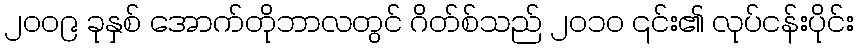
၂၀၀၉ ခုနှစ် အောက်တိုဘာလတွင် ဂိတ်စ်သည် ၂၀၁၀ ၎င်း၏ လုပ်ငန်းပိုင်း